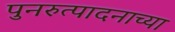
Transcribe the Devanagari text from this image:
पुनरुत्पादनाच्या